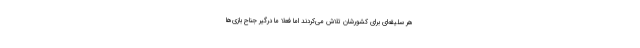
هر سلیقه‌ای برای کشورشان تلاش می‌کردند اما فعلا ما درگیر جناح‌ بازی‌ها